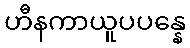
ဟီနကာယူပပန္နေ